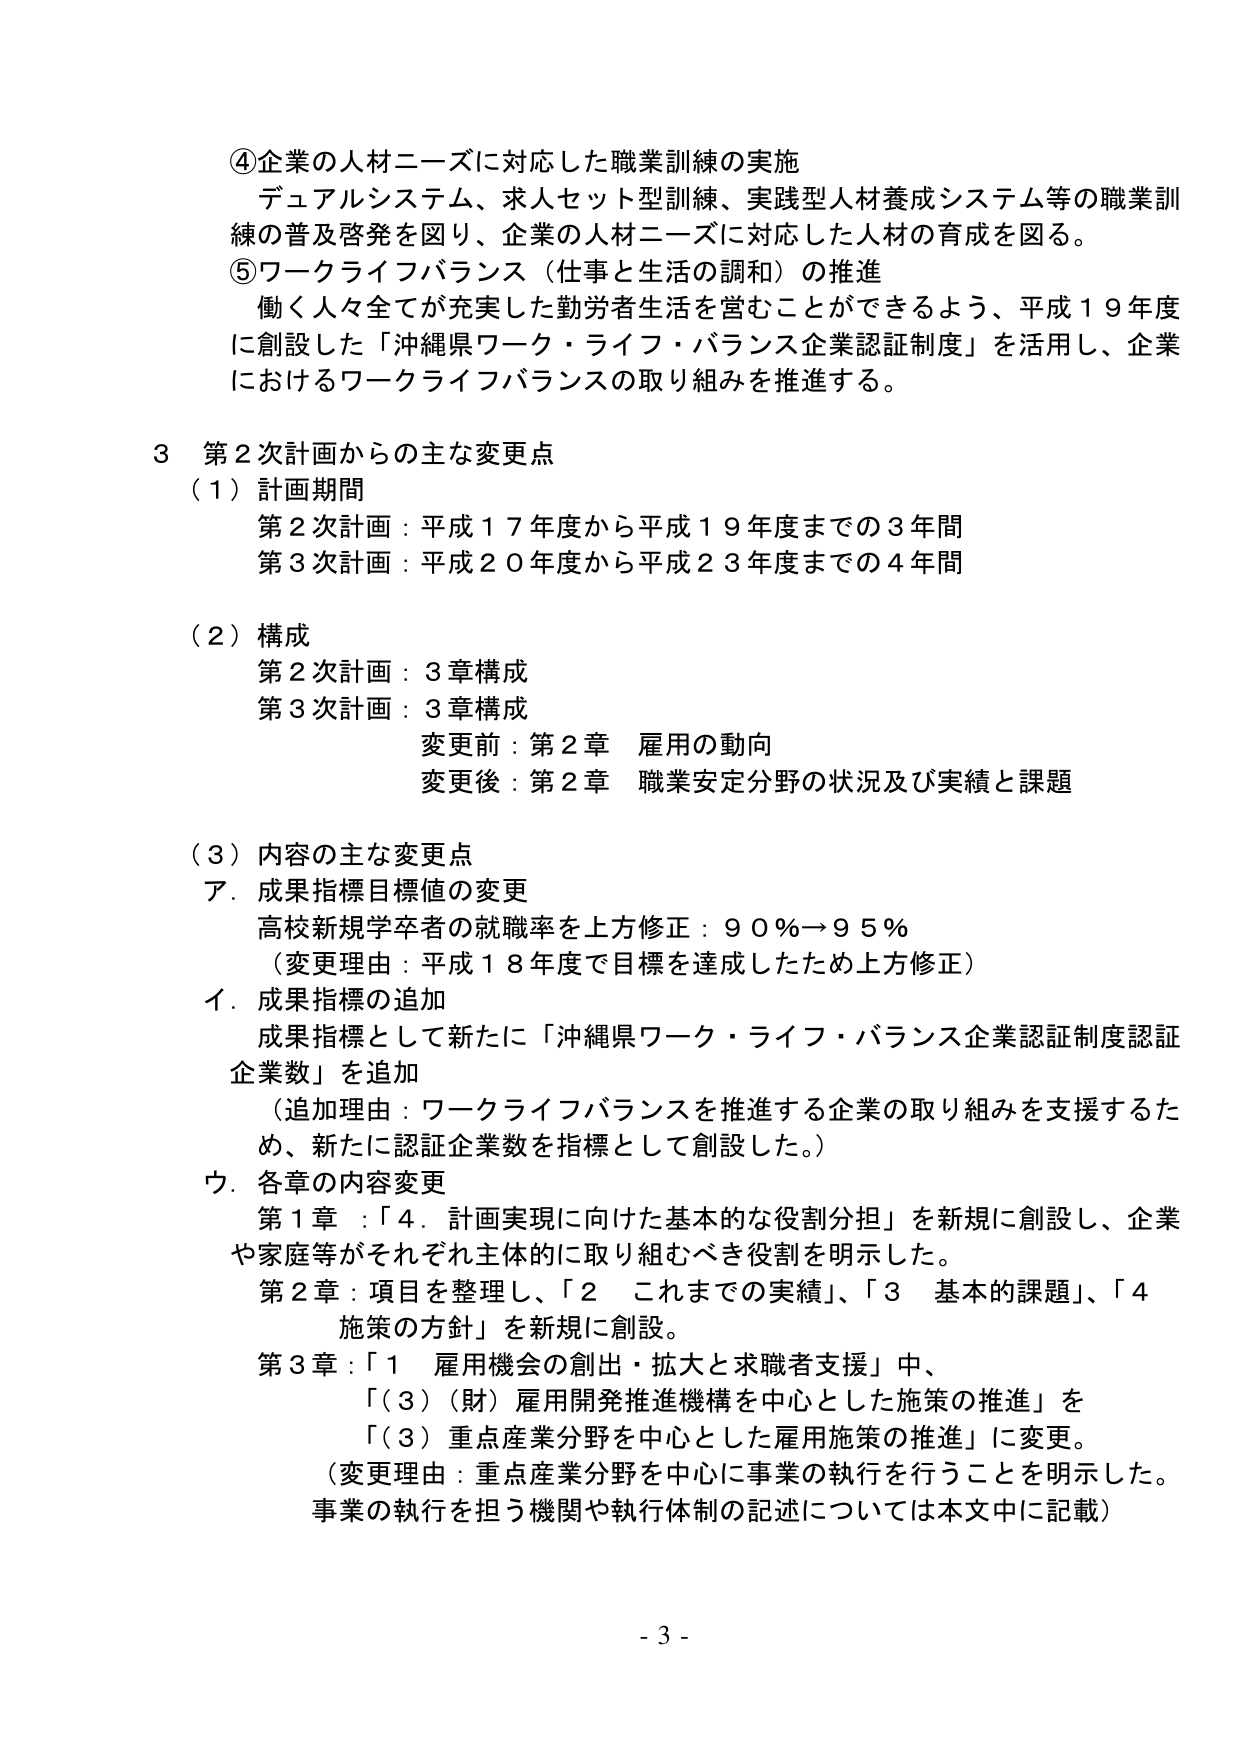
④企業の人材ニーズに対応した職業訓練の実施
デュアルシステム、求人セット型訓練、実践型人材養成システム等の職業訓練の普及啓発を図り、企業の人材ニーズに対応した人材の育成を図る。
⑤ワークライフバランス（仕事と生活の調和）の推進
働く人々全てが充実した勤労者生活を営むことができるよう、平成１９年度に創設した「沖縄県ワーク・ライフ・バランス企業認証制度」を活用し、企業におけるワークライフバランスの取り組みを推進する。

３ 第２次計画からの主な変更点
（１）計画期間
第２次計画：平成１７年度から平成１９年度までの３年間
第３次計画：平成２０年度から平成２３年度までの４年間

（２）構成
第２次計画：３章構成
第３次計画：３章構成
　変更前：第２章 雇用の動向
　変更後：第２章 職業安定分野の状況及び実績と課題

（３）内容の主な変更点
ア．成果指標目標値の変更
　高校新規学卒者の就職率を上方修正：９０％→９５％
　（変更理由：平成１８年度で目標を達成したため上方修正）
イ．成果指標の追加
　成果指標として新たに「沖縄県ワーク・ライフ・バランス企業認証制度認証企業数」を追加
　（追加理由：ワークライフバランスを推進する企業の取り組みを支援するため、新たに認証企業数を指標として創設した。）
ウ．各章の内容変更
　第１章：「４．計画実現に向けた基本的な役割分担」を新規に創設し、企業や家庭等がそれぞれ主体的に取り組むべき役割を明示した。
　第２章：項目を整理し、「２ これまでの実績」、「３ 基本的課題」、「４ 施策の方針」を新規に創設。
　第３章：「１ 雇用機会の創出・拡大と求職者支援」中、
　　　「（３）（財）雇用開発推進機構を中心とした施策の推進」を
　　　「（３）重点産業分野を中心とした雇用施策の推進」に変更。
　（変更理由：重点産業分野を中心に事業の執行を行うことを明示した。事業の執行を担う機関や執行体制の記述については本文中に記載）

- 3 -